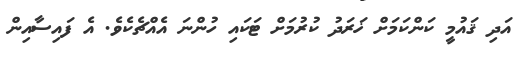
އަދި ޤައުމީ ކަންކަމަށް ޚަރަދު ކުރުމަށް ޓަކައި ހުންނަ އެއްޗެކެވެ. އެ ފައިސާއިން